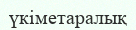
үкіметаралық